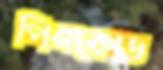
পিনকোড